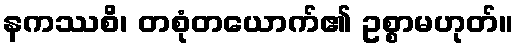
နကဿစိ၊ တစုံတယောက်၏ ဥစ္စာမဟုတ်။